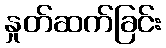
နှုတ်ဆက်ခြင်း